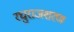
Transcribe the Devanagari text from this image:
रघुराजशरण